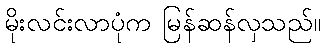
မိုးလင်းလာပုံက မြန်ဆန်လှသည်။